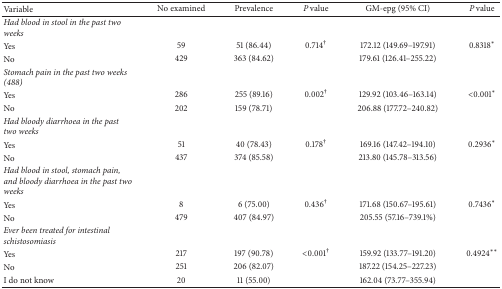
| Variable | No examined | Prevalence | P value | GM-epg (95% CI) | P value |
 | --- | --- | --- | --- | --- | --- |
 | Had blood in stool in the past two weeks |  |  |  |  |  |
 | Yes | 59 | 51 (86.44) | 0.714† | 172.12 (149.69–197.91) | 0.8318∗ |
 | No | 429 | 363 (84.62) |  | 179.61 (126.41–255.22) |  |
 | Stomach pain in the past two weeks (488) |  |  |  |  |  |
 | Yes | 286 | 255 (89.16) | 0.002† | 129.92 (103.46–163.14) | <0.001∗ |
 | No | 202 | 159 (78.71) |  | 206.88 (177.72–240.82) |  |
 | Had bloody diarrhoea in the past two weeks |  |  |  |  |  |
 | Yes | 51 | 40 (78.43) | 0.178† | 169.16 (147.42–194.10) | 0.2936∗ |
 | No | 437 | 374 (85.58) |  | 213.80 (145.78–313.56) |  |
 | Had blood in stool, stomach pain, and bloody diarrhoea in the past two weeks |  |  |  |  |  |
 | Yes | 8 | 6 (75.00) | 0.436† | 171.68 (150.67–195.61) | 0.7436∗ |
 | No | 479 | 407 (84.97) |  | 205.55 (57.16–739.1%) |  |
 | Ever been treated for intestinal schistosomiasis |  |  |  |  |  |
 | Yes | 217 | 197 (90.78) | <0.001† | 159.92 (133.77–191.20) | 0.4924∗∗ |
 | No | 251 | 206 (82.07) |  | 187.22 (154.25–227.23) |  |
 | I do not know | 20 | 11 (55.00) |  | 162.04 (73.77–355.94) |  |